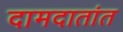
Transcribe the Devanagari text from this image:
दामदातांत